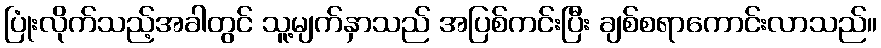
ပြုံးလိုက်သည့်အခါတွင် သူ့မျက်နှာသည် အပြစ်ကင်းပြီး ချစ်စရာကောင်းလာသည်။